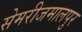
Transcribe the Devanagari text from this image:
सेमरीजमालपुर